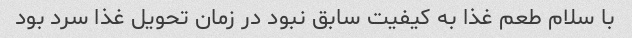
با سلام طعم غذا به کیفیت سابق نبود در زمان تحویل غذا سرد بود